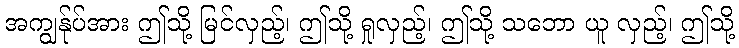
အကျွန်ုပ်အား ဤသို့ မြင်လှည့်၊ ဤသို့ ရှုလှည့်၊ ဤသို့ သဘော ယူ လှည့်၊ ဤသို့